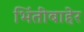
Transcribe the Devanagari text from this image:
भिंतींबाहेर